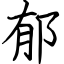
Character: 郁